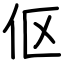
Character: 伛